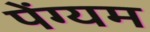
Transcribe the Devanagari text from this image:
पेंग्यम